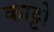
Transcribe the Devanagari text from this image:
काट्टो